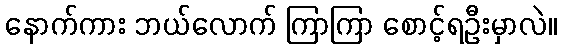
နောက်ကား ဘယ်လောက် ကြာကြာ စောင့်ရဦးမှာလဲ။